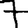
Digit: 7